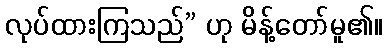
လုပ်ထားကြသည်” ဟု မိန့်တော်မူ၏။